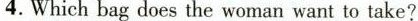
4.Whichbag does the woman want to take?